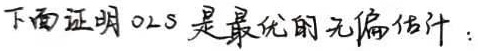
下面证明0.25是最优的无偏估计：